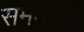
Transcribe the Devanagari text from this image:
समंदरहै।